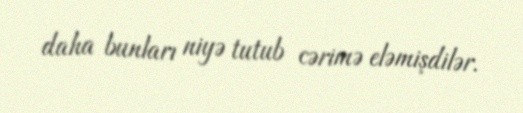
daha bunları niyə tutub cərimə eləmişdilər.